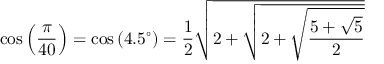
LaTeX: \cos \left( { \frac { \pi } { 4 0 } } \right) = \cos \left( 4 . 5 ^ { \circ } \right) = { \frac { 1 } { 2 } } { \sqrt { 2 + { \sqrt { 2 + { \sqrt { \frac { 5 + { \sqrt { 5 } } } { 2 } } } } } } }